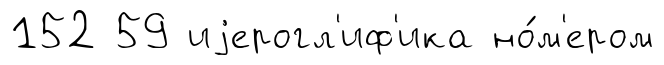
152 59 иjерогл'иф'ика но́м'ером